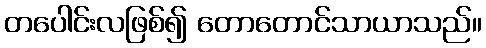
တပေါင်းလဖြစ်၍ တောတောင်သာယာသည်။